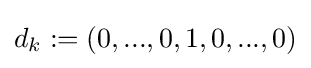
d_{k}:=(0,...,0,1,0,...,0)